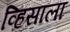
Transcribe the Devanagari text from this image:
व्हिसाला